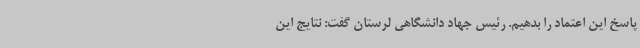
پاسخ این اعتماد را بدهیم. رئیس جهاد دانشگاهی لرستان گفت: نتایج این